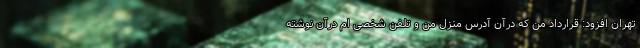
تهران افزود: قرارداد من که درآن آدرس منزل من و تلفن شخصی ام درآن نوشته